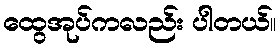
ထွေအုပ်ကလည်း ပါတယ်။